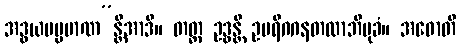
အဒွယမပ္ပမာဏ”န္တိအာဒိ။ တတ္ထ ဥဒ္ဓန္တိ ဥပရိဂဂနတလာဘိမုခံ။ အဓောတိ